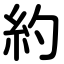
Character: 約